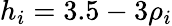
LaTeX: h_{i}=3.5-3\rho_{i}